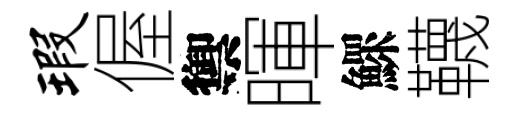
瑕偓禦暉鰥韈